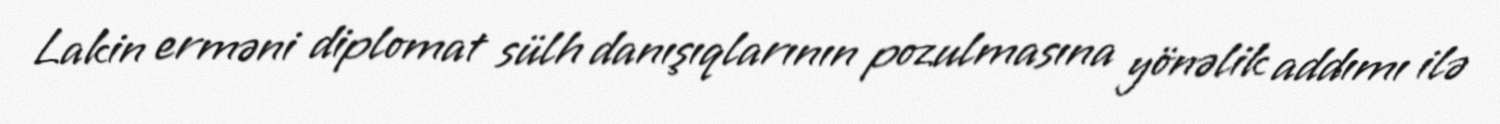
Lakin erməni diplomat sülh danışıqlarının pozulmasına yönəlik addımı ilə